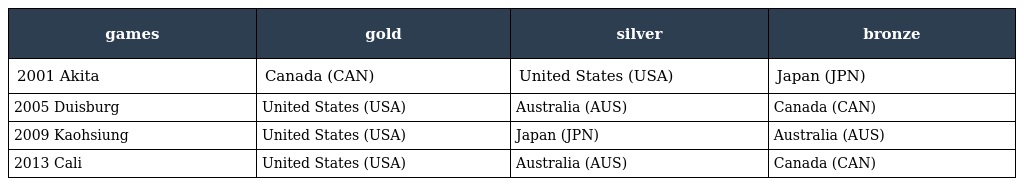
| games | gold | silver | bronze |
 | --- | --- | --- | --- |
 | 2001 Akita | Canada (CAN) | United States (USA) | Japan (JPN) |
 | 2005 Duisburg | United States (USA) | Australia (AUS) | Canada (CAN) |
 | 2009 Kaohsiung | United States (USA) | Japan (JPN) | Australia (AUS) |
 | 2013 Cali | United States (USA) | Australia (AUS) | Canada (CAN) |